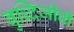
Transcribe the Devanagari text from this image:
बुध्दिजीवी